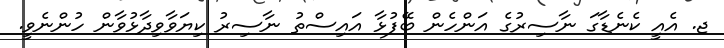
ޖ. އެއީ ކެނެޑާގަ ނާސިރުގެ އަންހެން ބޭފުޅާ އައިސްތު ނާސިރު ކިޔަވާވިދާޅުވާން ހުންނެވީ.